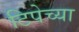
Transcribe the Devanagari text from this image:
टिपेच्या